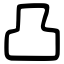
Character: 凸